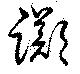
躑